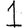
Digit: 1